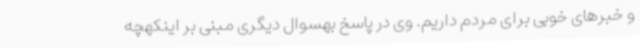
و خبرهای خوبی برای مردم داریم. وی در پاسخ بهسوال دیگری مبنی بر اینکهچه